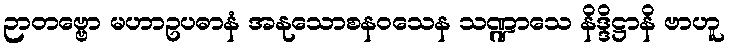
ဉာတဗ္ဗော မဟာဥပဓာနံ အနုသောစနဝသေန သဏ္ဍာသေ နိဒ္ဒိဋ္ဌာနိ ဗာဟူ